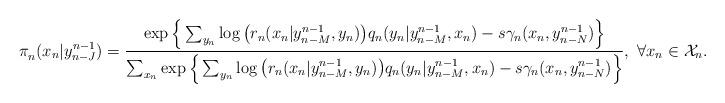
LaTeX: \begin{align*}\pi^{}_n(x_n|y^{n-1}_{n-J})&=\frac{\exp{\Big\{\sum_{y_n}\log\big(r_n(x_n|y^{n-1}_{n-M},y_n)\big)q_n(y_n|y^{n-1}_{n-M},x_n)-s\gamma_n(x_n,y^{n-1}_{n-N})\Big\}}}{\sum_{x_n}\exp{\Big\{\sum_{y_n}\log\big(r_n(x_n|y^{n-1}_{n-M},y_n)\big)q_n(y_n|y^{n-1}_{n-M},x_n)-s\gamma_n(x_n,y^{n-1}_{n-N})\Big\}}},~\forall{x_n}\in{\cal X}_n.\end{align*}